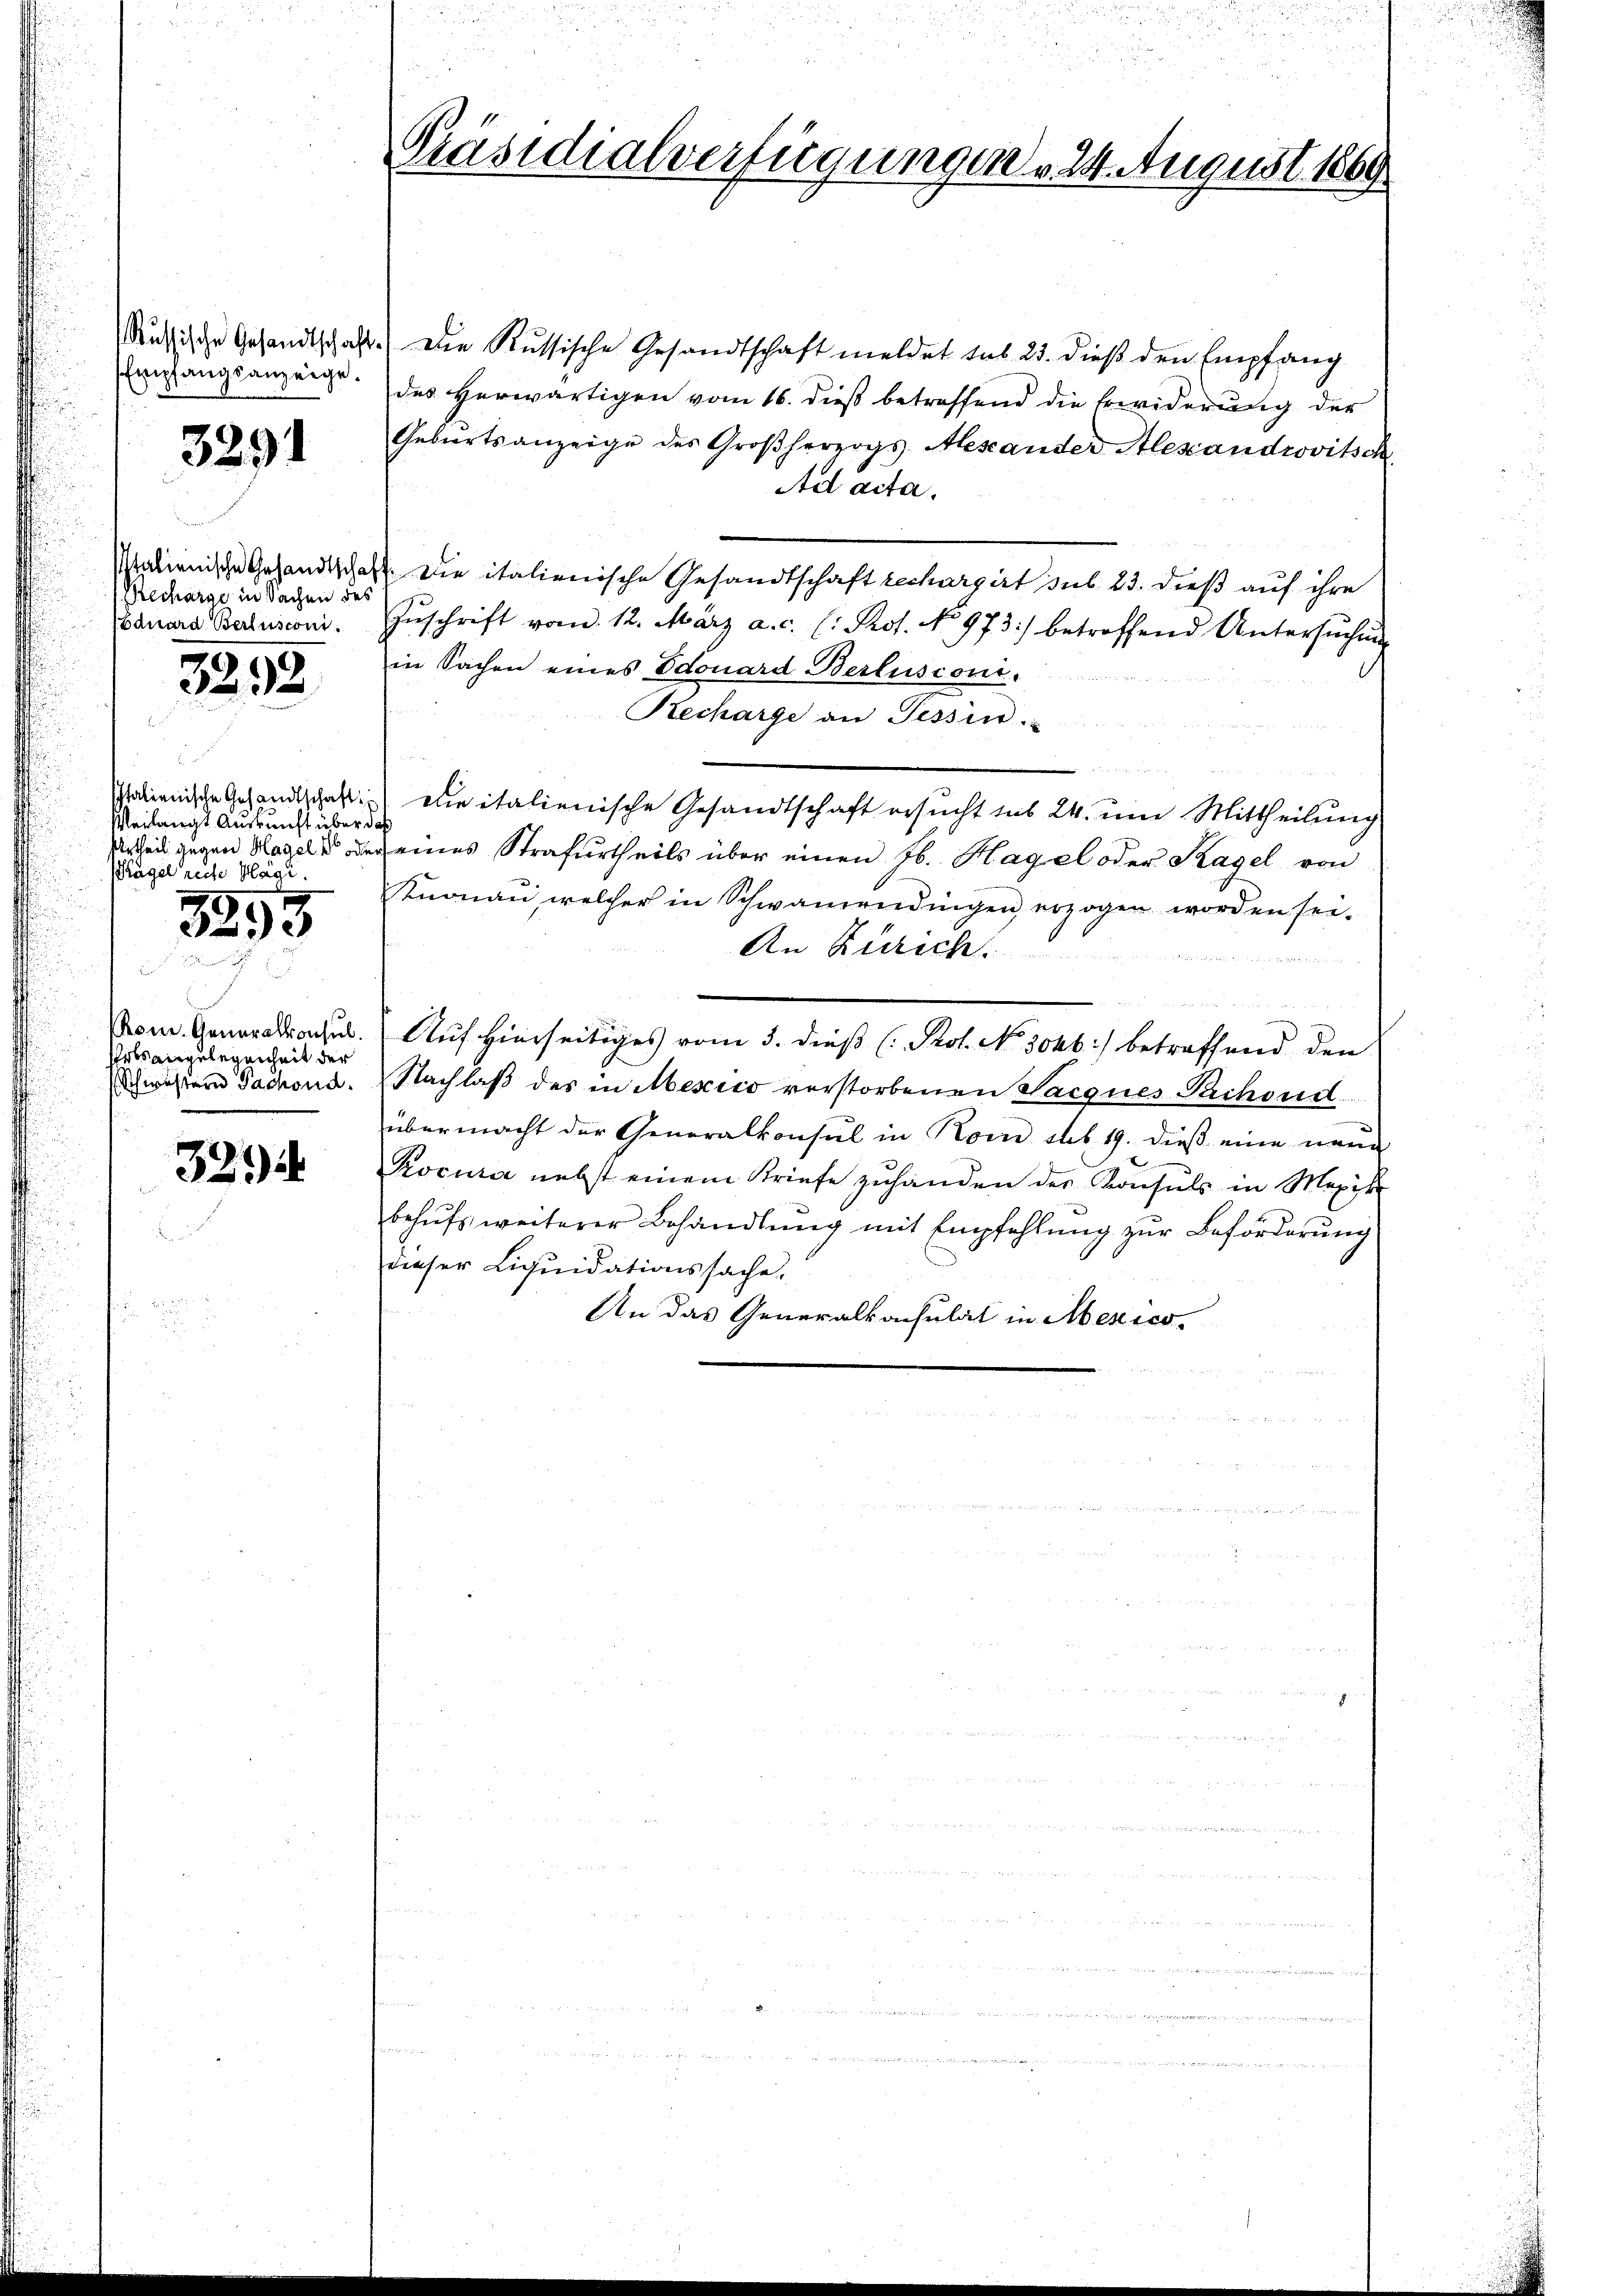
Russische Gesandtschaf
Empfangsanzeige.

3291

Italienische Gesandtschaf
Recharge in Sachen der
Eduard Berlusconi

3292

Italienische Gesandtschaft
Veilangt Auskunft überd
Urtheil gegend Hagel, so ode
Plügel reche Hägi.

79.
e

Phom. Generalkonsul
Urts angelegenheit der
Schwesten Sachend.

325)

Präsidialverfügungen 24. August 1869

" Die Russische Gesandtschaft meldet sub 23. dieβ den Empfang
des Herwärtigen vom 16. dieß betreffend die Erwiderung der
Gebiertsanzeige des Großherzogs Alexander Alexandrovitsch
Ad acta.
Die italienische Gesandtschaft rechargirt sub 23. dieß auf ihre
Zŭschrift vom 12. März a.c. (: Prot. No 973) betreffend Untersŭchŭng
in Sachen eines Edouard Berlusconi.
Recharge an Tessin.
Die italienische Gesandtschaft ersucht sub 24. um Mittheilung
eines Strafurtheils über einen fl. Hagel oder Hagel von
Knonau welcher in Schwanriedingen erzogen worden sei.
An Zürich.
Auf hierseitiges vom 5. dieß (Prot. No 3046) betreffend den
Nachlaß des in Mexico vorstorbenen Sacones Pachend
übermacht der Generalkonsul in Non sub 19. dieß eine neue
Rocura nebst einem Briefe zŭ handen der Konsuls in Mexik
behŭfs weiterer Behandlŭng mit Empfehlŭng zŭr Beförderŭng
dieser Liquidationssache,
An das Generalkonsulat in Mexico.

n